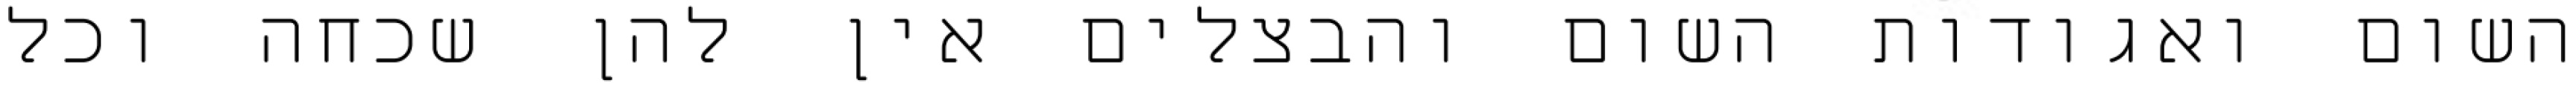
השום ואגודות השום והבצלים אין להן שכחה וכל